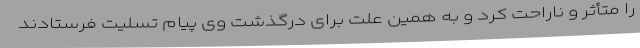
را متأثر و ناراحت کرد و به همین علت برای درگذشت وی پیام تسلیت فرستادند